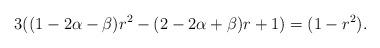
LaTeX: \begin{align*}3((1-2\alpha-\beta)r^2-(2-2\alpha+\beta)r+1)=(1-r^2).\end{align*}